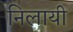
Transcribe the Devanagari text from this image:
निलायी